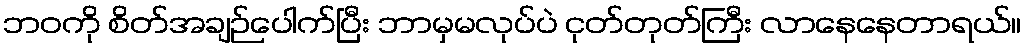
ဘဝကို စိတ်အချဉ်ပေါက်ပြီး ဘာမှမလုပ်ပဲ ငုတ်တုတ်ကြီး လာနေနေတာရယ်။